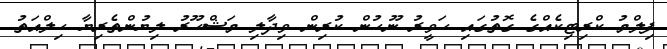
ފިލްމު ކްރިޓިކެއްގެ ގޮތުގައި ހަވީރު ނޫހުން ކުރިން ވިދާލި މަޝްހޫރު ލިޔުންތެރިޔާ ހިލްއަތު